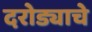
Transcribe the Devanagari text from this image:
दरोड्याचे